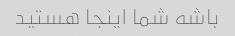
باشه شما اینجا هستید